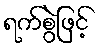
ရက်စွဲဖြင့်